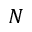
N